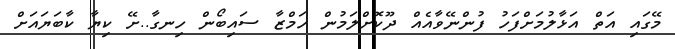
މޭގައި އަތް އަޅާލުމަށްފަހު ފުންނޭވާއެއް ދޫކޮށްލަމުން ހަމްޒާ ސައިބޯން ހިނގާ..ށޭ ކިޔާ ކާބަޔައަށް